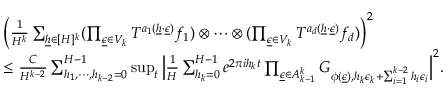
\begin{array} { r l } & { \Big ( \frac { 1 } { H ^ { k } } \sum _ { \underline { { h } } \in [ H ] ^ { k } } ( \prod _ { \underline { { \epsilon } } \in V _ { k } } T ^ { a _ { 1 } ( \underline { { h } } \cdot \underline { { \epsilon } } ) } f _ { 1 } ) \otimes \cdots \otimes ( \prod _ { \underline { { \epsilon } } \in V _ { k } } T ^ { a _ { d } ( \underline { { h } } \cdot \underline { { \epsilon } } ) } f _ { d } ) \Big ) ^ { 2 } } \\ & { \le \frac { C } { H ^ { k - 2 } } \sum _ { h _ { 1 } , \cdots , h _ { k - 2 } = 0 } ^ { H - 1 } \operatorname* { s u p } _ { t } \Big | \frac { 1 } { H } \sum _ { h _ { k } = 0 } ^ { H - 1 } e ^ { 2 \pi i h _ { k } t } \prod _ { \underline { { \epsilon } } \in A _ { k - 1 } ^ { k } } G _ { \phi ( \underline { { \epsilon } } ) , h _ { k } \epsilon _ { k } + \sum _ { i = 1 } ^ { k - 2 } h _ { i } \epsilon _ { i } } \Big | ^ { 2 } . } \end{array}